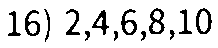
16) 2,4,6,8,10